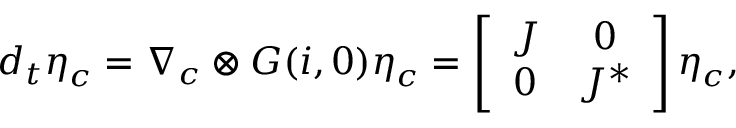
d _ { t } \boldsymbol { \eta } _ { \boldsymbol { c } } = \boldsymbol { \nabla } _ { \boldsymbol { c } } \otimes \boldsymbol { G } ( { \boldsymbol { i } } , \boldsymbol { 0 } ) \boldsymbol { \eta } _ { \boldsymbol { c } } = \left[ \begin{array} { c c } { J } & { 0 } \\ { 0 } & { J ^ { * } } \end{array} \right] \boldsymbol { \eta } _ { \boldsymbol { c } } ,